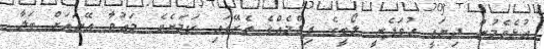
އުޅެވެމުން ދިޔައީ ހުވަފެނީ ލޯބީގެ ފިލްމެއްގެ ތެރޭގައި ކަމަށެވެ. މައުވާ އޭނައަށް ބަލާ